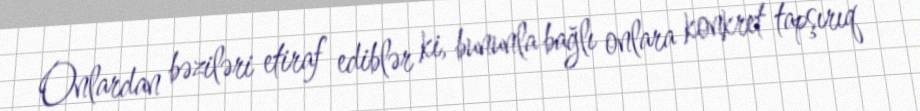
Onlardan bəziləri etiraf ediblər ki, bununla bağlı onlara konkret tapşırıq